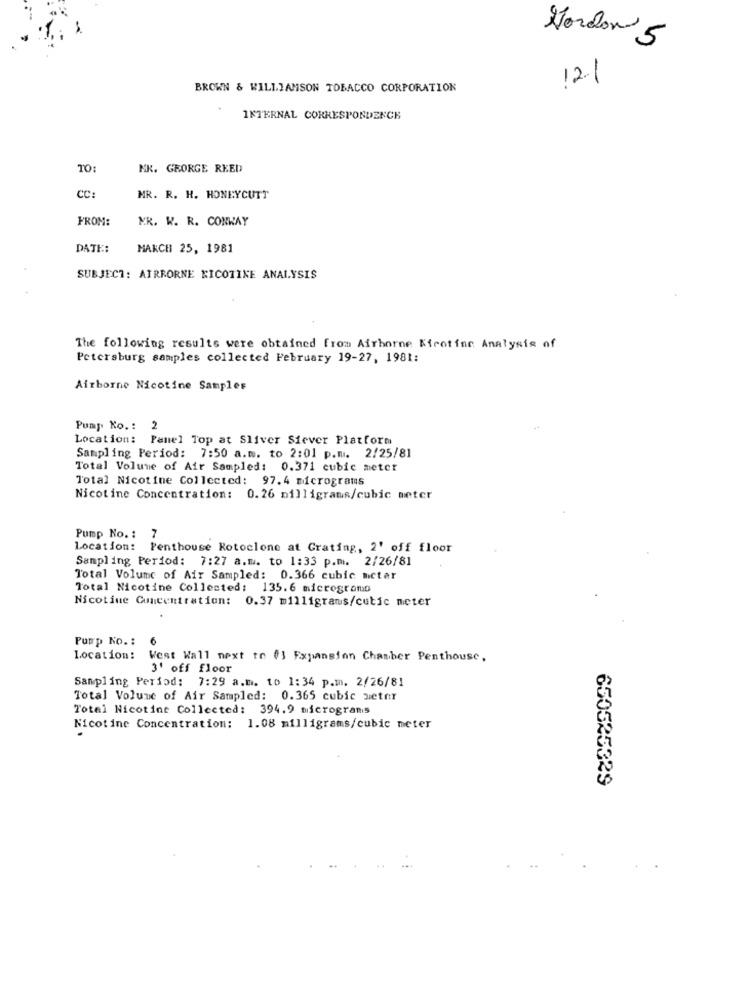
Gordon 5
121
BROWN & WILLIAMSON TOBACCO CORPORATION
INTERNAL CORRESPONDENCE
TO
MK. GEORGE REED
CC:
MR. R. H. HONEYCUTT
FROM:
MR. W. R. CONWAY
DATE:
MARCH 25, 1981
SUBJECT: AIRBORNE NICOTINE ANALYSIS
The following results were obtained from Airborne Nicotine Analysis of
Petersburg samples collected February 19-27, 1981:
Airborne Nicotine Samples
Pump Ko .: 2
Location: Panel Top at Sliver Siever Platform
Sampling Period: 7:50 a.m. to 2:01 p.m. 2/25/81
Total Volume of Air Sampled: 0.371 cubic meter
Total Nicotine Collected: 97.4 micrograms
Nicotine Concentration: 0.26 milligrams/cubic meter
Pump No. : 7
Location: Penthouse Rotoclone at Grating, 2' off floor
Sampling Period: 7:27 a.m. to 1:33 p.m. 2/26/81
Total Volume of Air Sampled: 0.366 cubic mctar
Total Nicotine Collected: 135.6 microgramo
Nicotine Concentration: 0.37 milligrams/cutic meter
Pump No .:
6
Location:
West Wall next to 0) Expansion Chamber Penthouse,
3' off floor
Sampling Period: 7:29 a.m. to 1:34 p.m. 2/26/81
Total Volume of Air Sampled: 0.365 cubic meter
Total Nicotine Collected: 394.9 micrograms
Nicotine Concentration: 1.08 milligrams/cubic meter
650525329